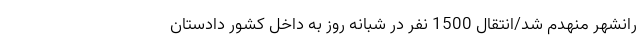
رانشهر منهدم شد/انتقال 1500 نفر در شبانه روز به داخل کشور دادستان